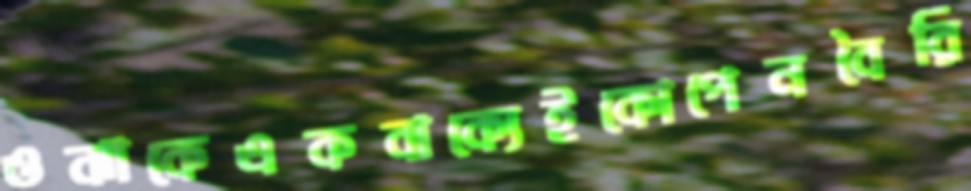
ওঝাকেএকবাক্যেইকোপেনবৈরি